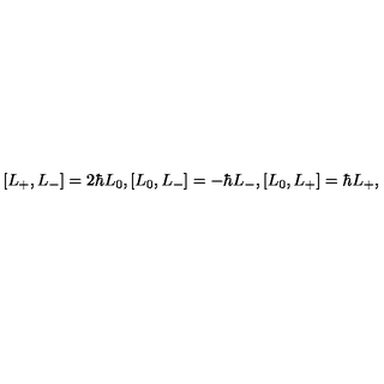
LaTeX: \left[ L _ { + } , L _ { - } \right] = 2 \hbar L _ { 0 } , \left[ L _ { 0 } , L _ { - } \right] = - \hbar L _ { - } , \left[ L _ { 0 } , L _ { + } \right] = \hbar L _ { + } ,